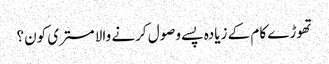
تھوڑے کام کے زیادہ پسے وصول کرنے والا مستری کون؟